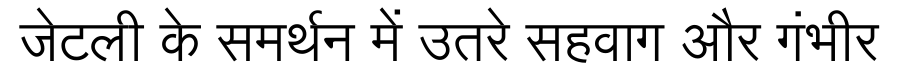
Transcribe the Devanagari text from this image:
जेटली के समर्थन में उतरे सहवाग और गंभीर